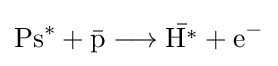
\mathrm {Ps^{*}+{\bar {p}}\longrightarrow {\bar {H^{*}}}+e^{-}}